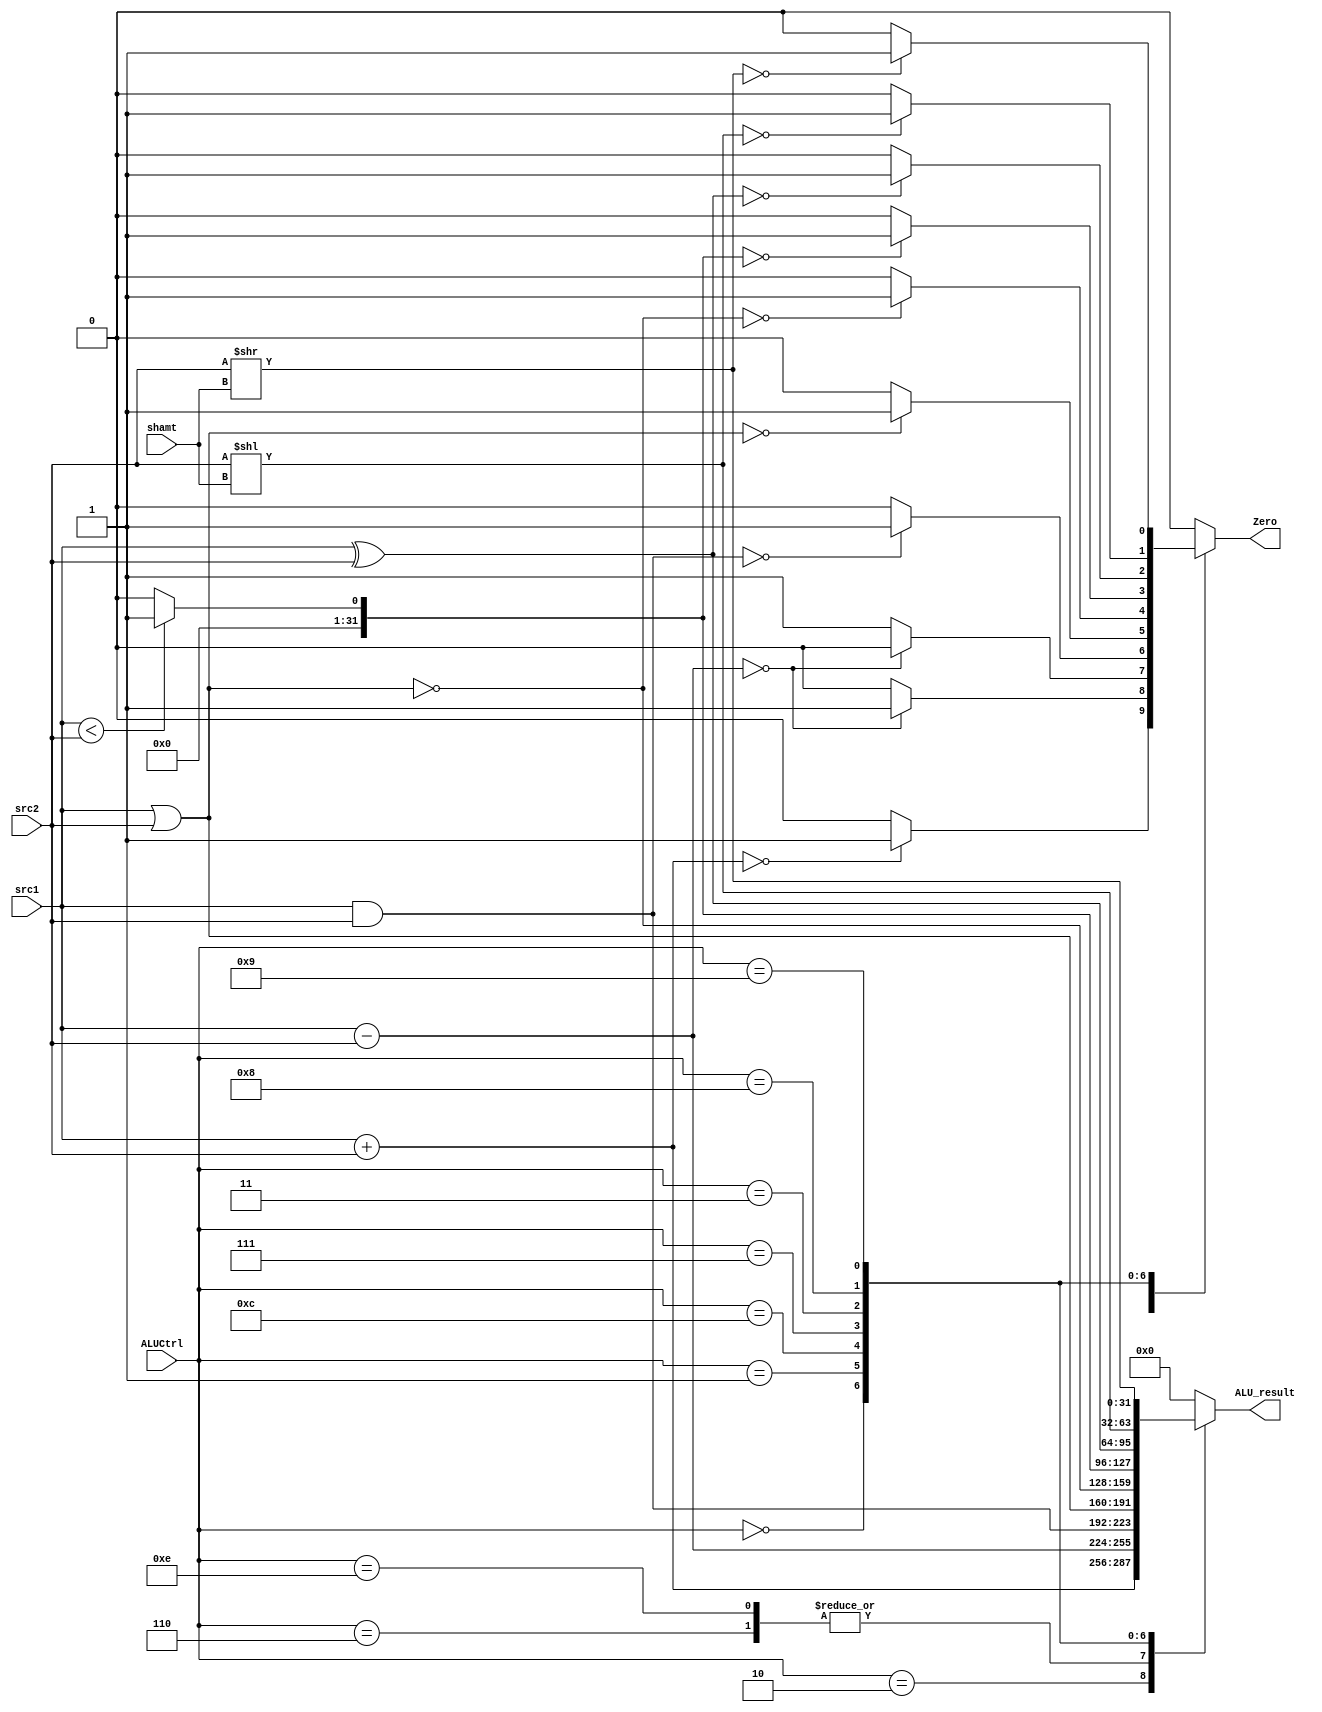
// ALU

module ALU ( ALUCtrl,
			 src1,
			 src2,
			 shamt,
			 ALU_result,
			 Zero);
	
	parameter bit_size = 32;
	
	input [3:0] ALUCtrl;
	input [bit_size-1:0] src1;
	input [bit_size-1:0] src2;
	input [4:0] shamt;
	
	output [bit_size-1:0] ALU_result;
	output Zero;
			
	reg [bit_size-1:0] ALU_result;
	reg Zero;

	always @(*)
		begin
		ALU_result		=0;
		Zero			=0;
			case(ALUCtrl)	
				4'b0010:	//add
					begin
						ALU_result = src1 + src2;
						Zero = (ALU_result==0)? 1 : 0;				
					end
				4'b0110:	//sub
					begin
						ALU_result = src1 - src2;
						Zero = (ALU_result==0)? 1 : 0;
					end
				4'b1110:	//sub(only for bne)
					begin
						ALU_result = src1 - src2;
						Zero = (ALU_result==0)? 0 : 1;
					end
				4'b0000:	//and
					begin
						ALU_result = src1 & src2;
						Zero = (ALU_result==0)? 1 : 0;
					end
				4'b0001:	//0r
					begin
						ALU_result = 	src1 | src2;
						Zero = (ALU_result==0)? 1 : 0;
					end
				4'b1100:	//nor
					begin
						ALU_result = ~(src1 | src2);
						Zero = (ALU_result==0)? 1 : 0;
					end
				4'b0111:	//slt
					begin
						ALU_result = (src1 < src2) ? 1 : 0;
						Zero = (ALU_result==0)? 1 : 0;	
					end	
				4'b0011:	//xor
					begin
						ALU_result = src1 ^ src2;
						Zero = (ALU_result==0)? 1 : 0;	
					end
				4'b1000:	//sll
					begin
						ALU_result = src2 << shamt;
						Zero = (ALU_result==0)? 1 : 0;
					end
				4'b1001:	//srl
					begin
						ALU_result = src2 >> shamt;
						Zero = (ALU_result==0)? 1 : 0;	
					end
			endcase	
		end
endmodule